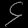
Digit: ၄